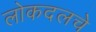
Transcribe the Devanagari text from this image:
लोकदलचे